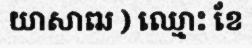
យាសាឍ ) ឈ្មោះ ខែ